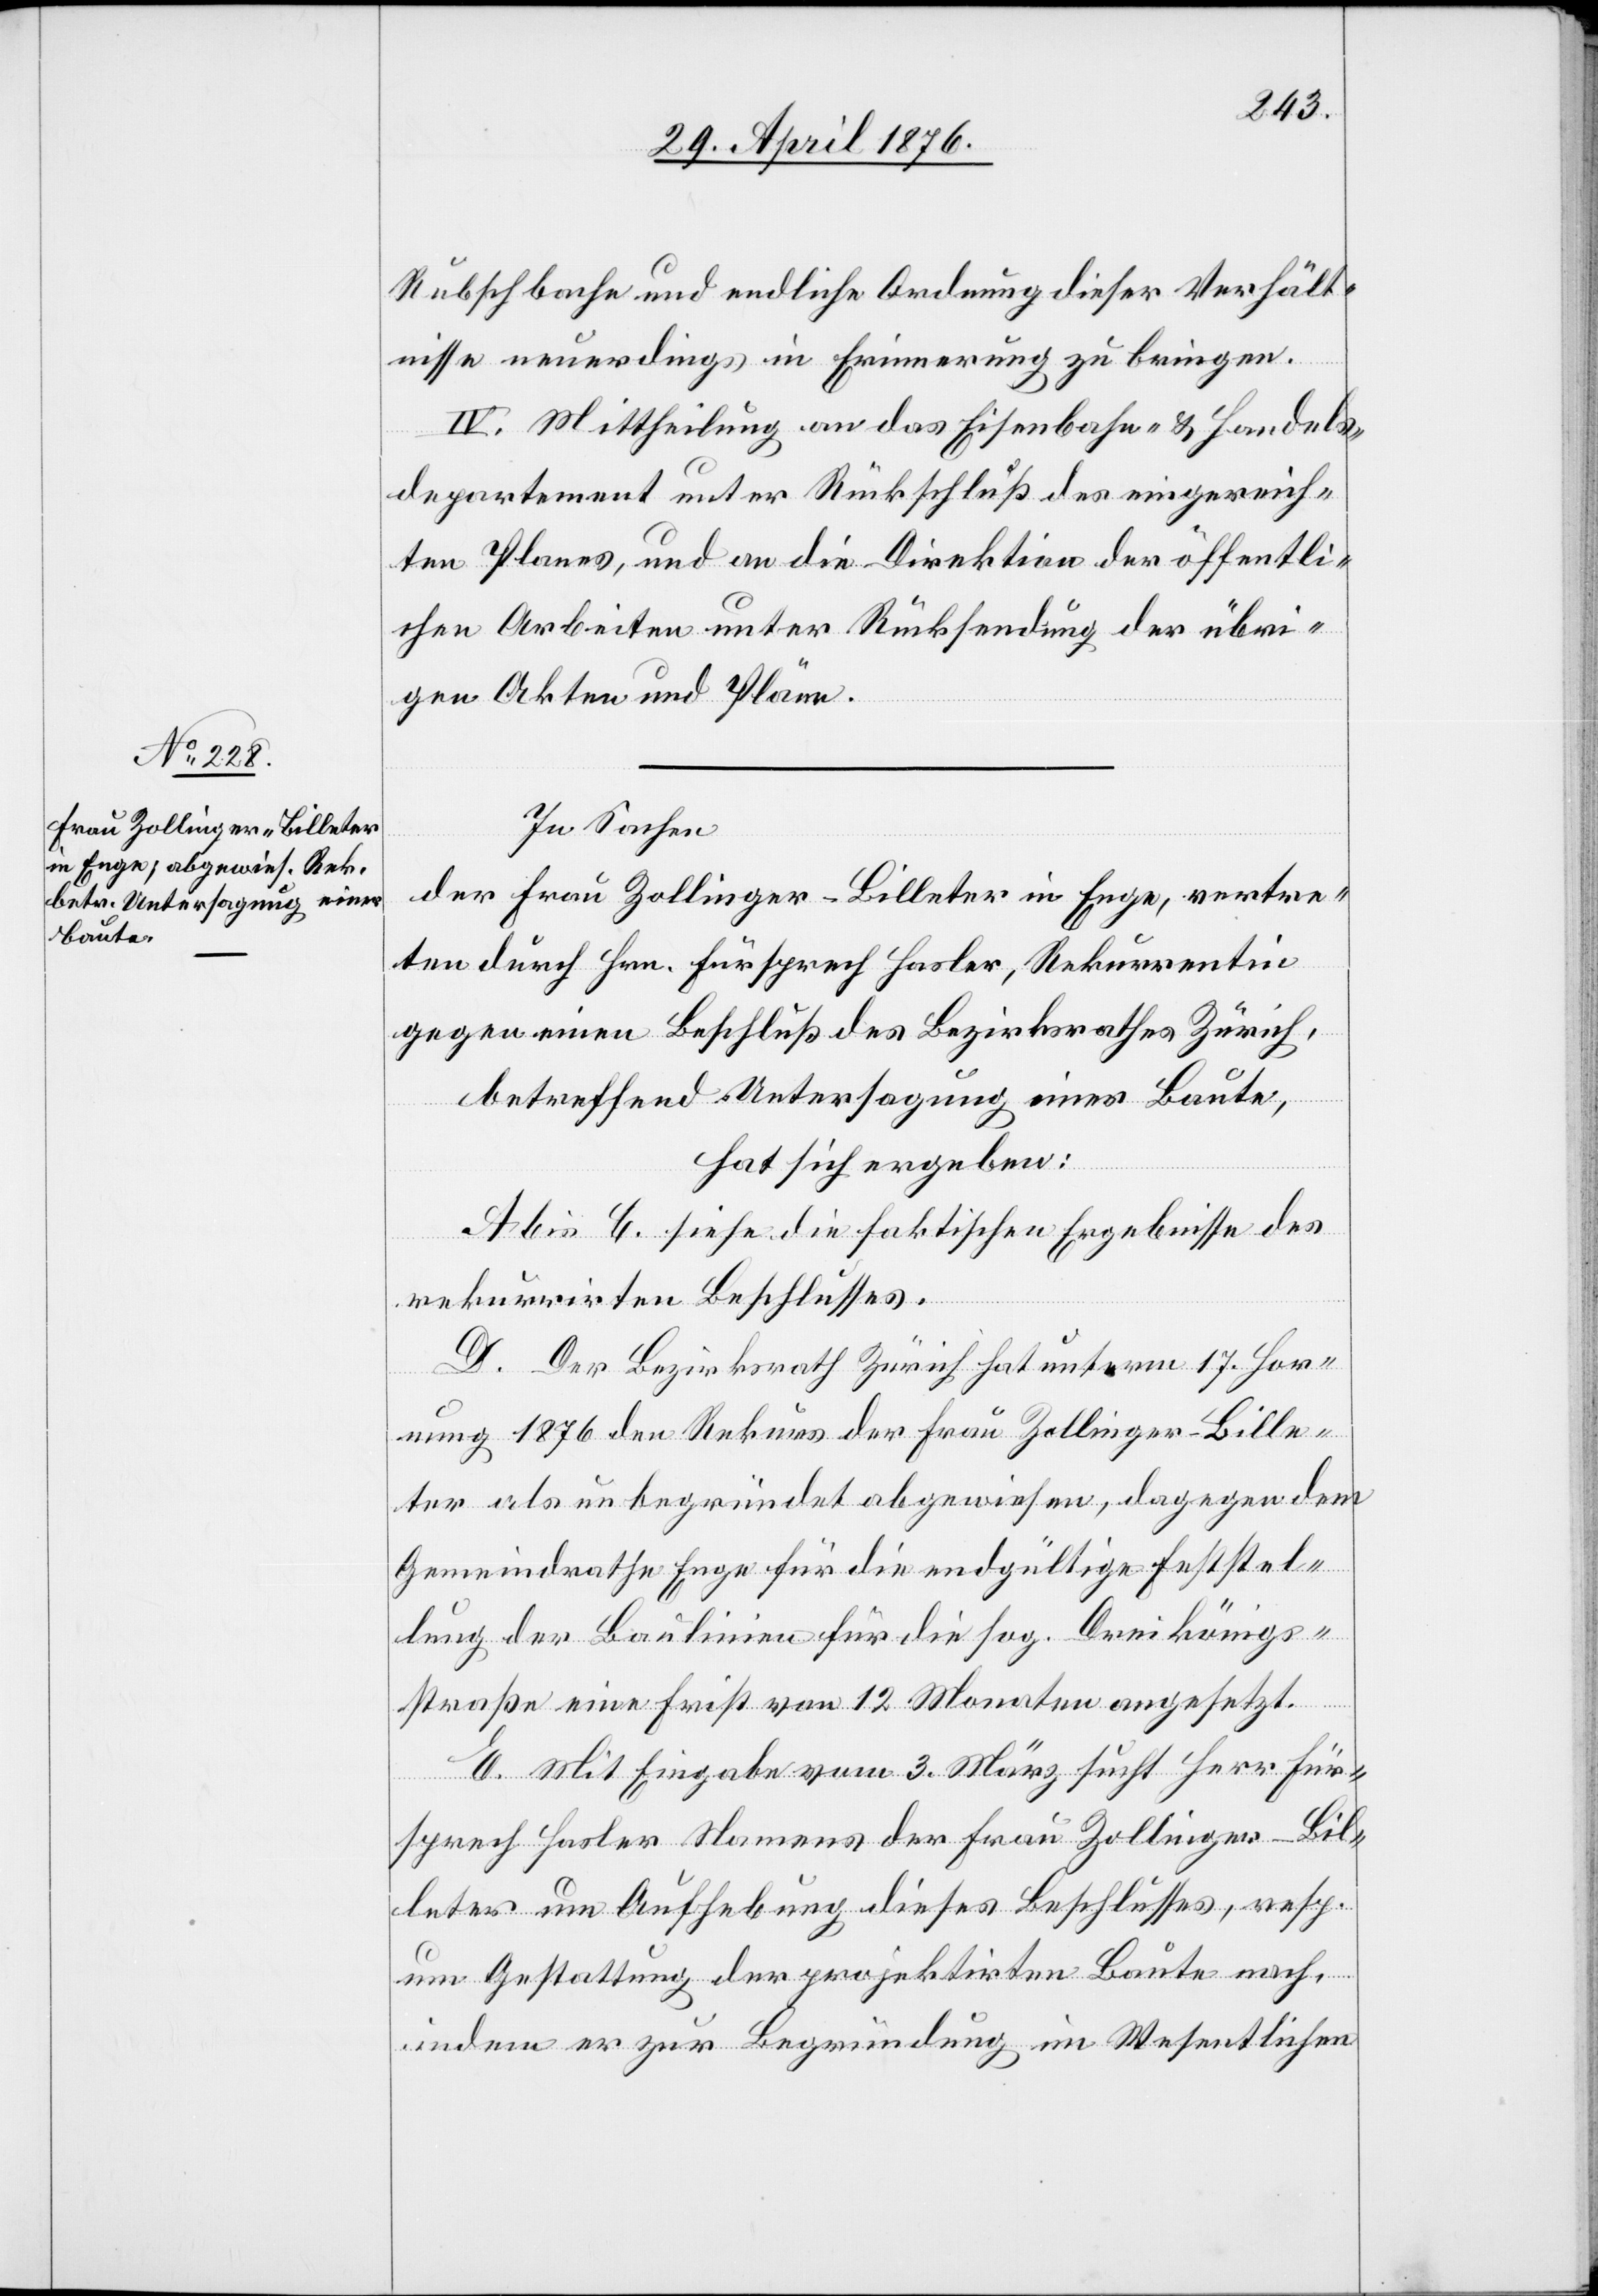
Rubschbache und endliche Ordnung dieser Verhält¬
nisse neuerdings in Erinnerung zu bringen.
IV. Mittheilung an das Eisenbahn- & Handels¬
departement unter Rückschluß des eingereich¬
ten Planes, und an die Direktion der öffentli¬
chen Arbeiten unter Rücksendung der übri¬
gen Akten und Pläne.
In Sachen
der Frau Zollinger-Billeter in Enge, vertre¬
ten durch Hrn. Fürsprech Hasler, Rekurrentin
gegen einen Beschluß des Bezirksrathes Zürich,
betreffend Untersagung einer Baute,
hat sich ergeben:
A bis C siehe die faktischen Ergebnisse des
rekurrirten Beschlusses.
D. Der Bezirksrath Zürich hat unterm 17. Hor¬
nung 1876 den Rekurs der Frau Zollinger-Bille¬
ter als unbegründet abgewiesen, dagegen dem
Gemeindrathe Enge für die endgültige Feststel¬
lung der Baulinie für die sog. Dreikönigs¬
straße eine Frist von 12 Monaten angesetzt.
E. Mit Eingabe vom 3. März sucht Herr Für¬
sprech Hasler Namens der Frau Zollinger-Bil¬
leter um Aufhebung dieses Beschlusses, resp.
um Gestattung der projektirten Baute nach,
indem er zur Begründung im Wesentlichen